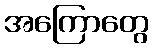
အကြောတွေ